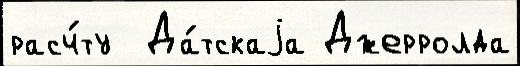
расч́ту  Да́тскаjа Джерролда